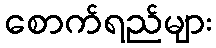
စောက်ရည်များ